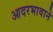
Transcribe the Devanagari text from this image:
आदरभावाने